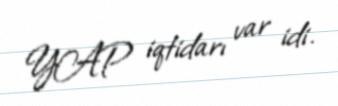
YAP iqtidarı var idi.